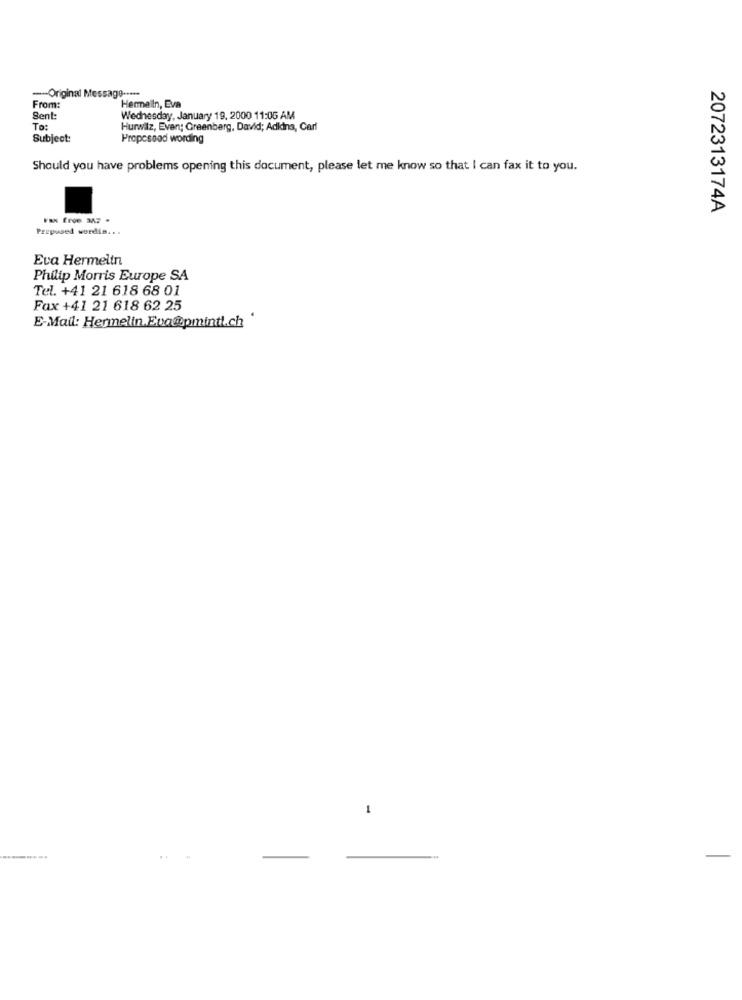
-- Original Message .....
From:
Hermelin, Eva
Sent:
Wednesday, January 19, 2000 11:05 AM
To:
Hurwitz, Even; Greenberg, David; Adkins, Carl
Subject:
Propesood wording
Should you have problems opening this document, please let me know so that I can fax it to you.
2072313174A
Prepused wordin ...
Eva Hermelin
Philip Morris Europe SA
Tel. +41 21 618 68 01
Fax +41 21 618 62 25
E-Mail: Hermelin.Eva@pmint.ch